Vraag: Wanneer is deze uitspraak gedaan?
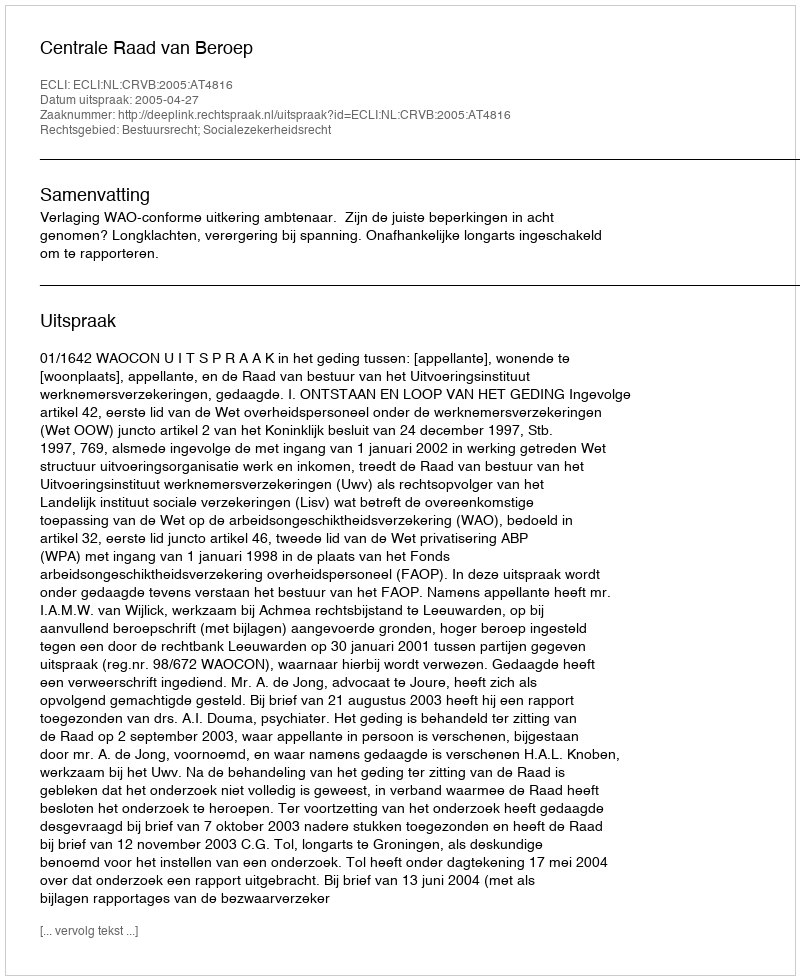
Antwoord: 2005-04-27